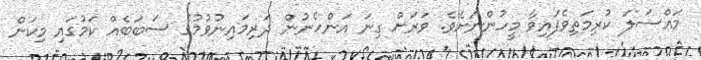
މައްސަލަ ކުރިމަތިވެފައިވާ މީހުންނަށެވެ. ވަރަށް ގިނަ އަންހެނުން ދަރިމައިނުވުމުގެ ސަބަބެއް ކަމުގައި މިކަން